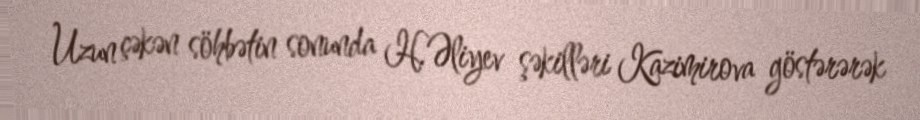
Uzun çəkən söhbətin sonunda H.Əliyev şəkilləri Kazimirova göstərərək